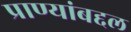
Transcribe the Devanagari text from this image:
प्राण्यांबद्दल